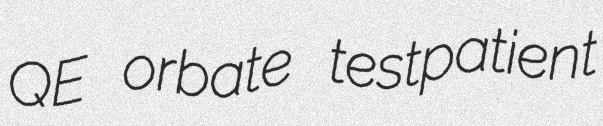
QE orbate testpatient